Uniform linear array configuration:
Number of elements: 16
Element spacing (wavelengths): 1
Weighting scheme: hann
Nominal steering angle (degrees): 15
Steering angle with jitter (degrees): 13.474
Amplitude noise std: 0.05
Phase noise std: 0.05

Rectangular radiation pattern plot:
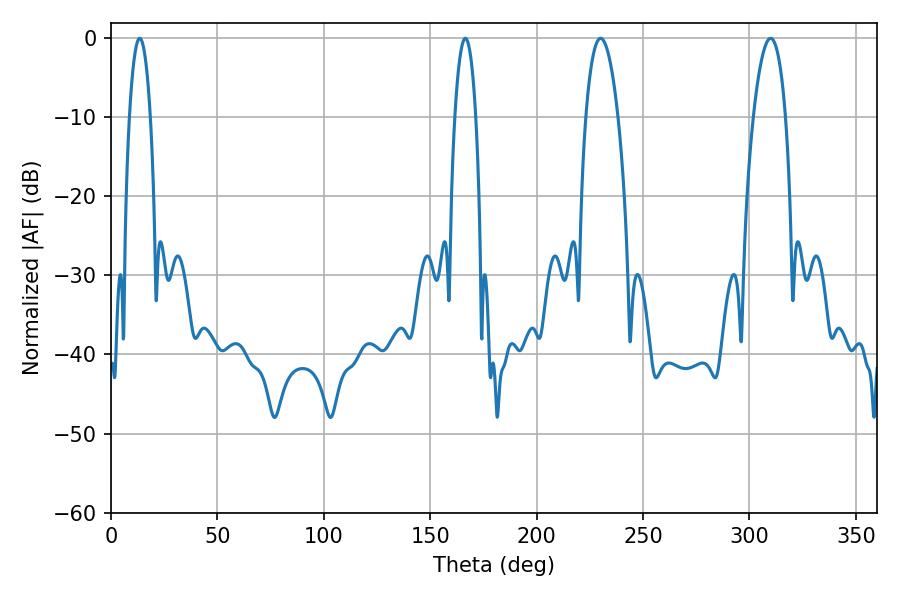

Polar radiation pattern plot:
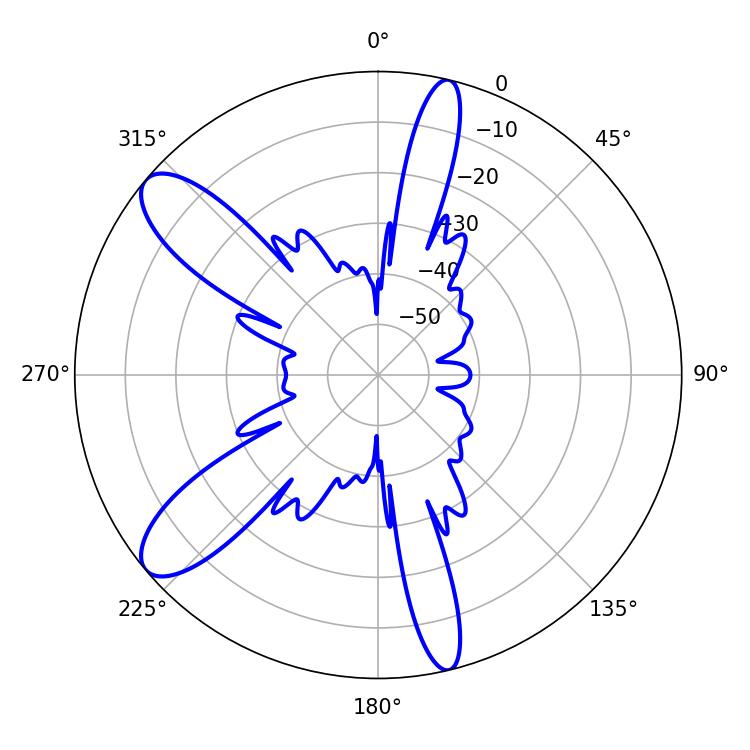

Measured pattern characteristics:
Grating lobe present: TRUE
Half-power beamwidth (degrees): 5.4
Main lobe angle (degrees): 13.5